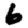
Digit: 6